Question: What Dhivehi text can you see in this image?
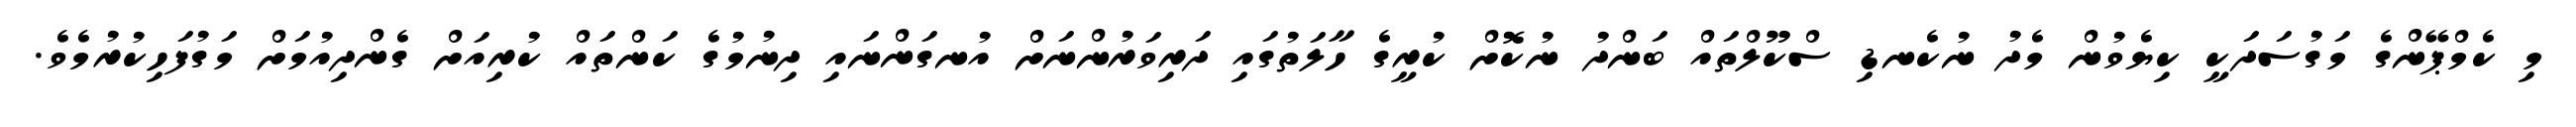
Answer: މި ކެމްޕޭންގެ މަގުސަދަކީ ކިޔެވުން މެދު ނުކެނޑި ސްކޫލްތައް ބަންދު ނުކޮށް ކުރީގެ ހާލަތުގައި ދަރިވަރުންނަށް އުނގަންނައި ދިނުމުގެ ކަންތައް ކުރިއަށް ގެންދިއުމަށް މަގުފަހިކުރުމެވެ.